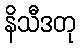
နိသီဒတု